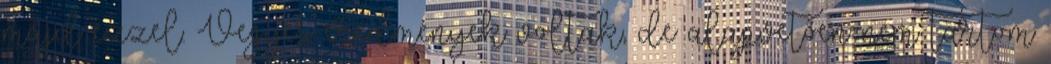
majd ezzel. Vegyes eredmények voltak, de alapvetően nem tartom